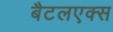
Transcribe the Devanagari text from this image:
बैटलएक्स